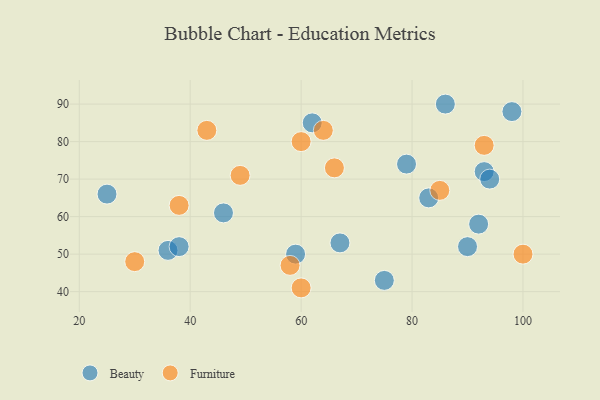
{"axis": {"x": "GDP", "y": "Life Expectancy"}, "legend": ["Beauty", "Furniture"], "data": [{"x": "98", "y": 88, "type": "Beauty"}, {"x": "83", "y": 65, "type": "Beauty"}, {"x": "36", "y": 51, "type": "Beauty"}, {"x": "90", "y": 52, "type": "Beauty"}, {"x": "93", "y": 72, "type": "Beauty"}, {"x": "59", "y": 50, "type": "Beauty"}, {"x": "62", "y": 85, "type": "Beauty"}, {"x": "67", "y": 53, "type": "Beauty"}, {"x": "75", "y": 43, "type": "Beauty"}, {"x": "94", "y": 70, "type": "Beauty"}, {"x": "79", "y": 74, "type": "Beauty"}, {"x": "25", "y": 66, "type": "Beauty"}, {"x": "46", "y": 61, "type": "Beauty"}, {"x": "92", "y": 58, "type": "Beauty"}, {"x": "38", "y": 52, "type": "Beauty"}, {"x": "86", "y": 90, "type": "Beauty"}, {"x": "100", "y": 50, "type": "Furniture"}, {"x": "64", "y": 83, "type": "Furniture"}, {"x": "60", "y": 80, "type": "Furniture"}, {"x": "38", "y": 63, "type": "Furniture"}, {"x": "85", "y": 67, "type": "Furniture"}, {"x": "93", "y": 79, "type": "Furniture"}, {"x": "43", "y": 83, "type": "Furniture"}, {"x": "49", "y": 71, "type": "Furniture"}, {"x": "58", "y": 47, "type": "Furniture"}, {"x": "66", "y": 73, "type": "Furniture"}, {"x": "30", "y": 48, "type": "Furniture"}, {"x": "60", "y": 41, "type": "Furniture"}]}